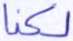
لكنا